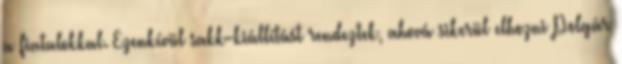
a fiatalokkal. Ezenkívül sakk-kiállítást rendeztek, ahová sikerül elhozni Polgár